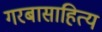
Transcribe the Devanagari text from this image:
गरबासाहित्य